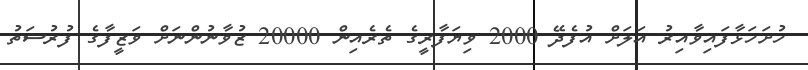
ހުށަހަޅާފައިވާއިރު އަލަށް އުފެދޭ 2000 ވިޔަފާރީގެ ތެރެއިން 20000 ޒުވާނުންނަށް ވަޒީފާގެ ފުރުސަތު